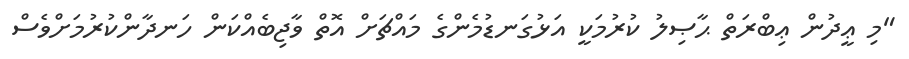
"މި ޢީދުން ޢިބްރަތް ޙާޞިލު ކުރުމަކީ އަޅުގަނޑުމެންގެ މައްޗަށް އޮތް ވާޖިބެއްކަން ހަނދާންކުރުމަށްވެސް